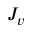
J _ { v }